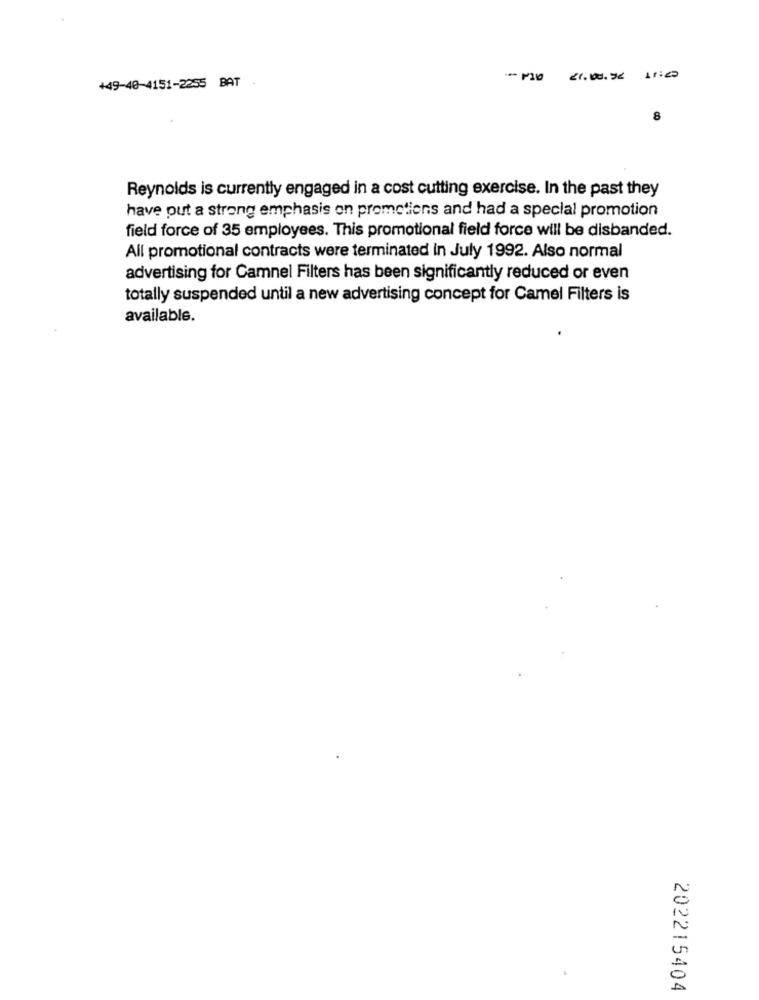
+49-40-4151-2255 BAT .
8
Reynolds is currently engaged in a cost cutting exercise. In the past they
have put a strong emphasis on promotions and had a special promotion
field force of 35 employees. This promotional field force will be disbanded.
All promotional contracts were terminated in July 1992. Also normal
advertising for Camnel Filters has been significantly reduced or even
totally suspended until a new advertising concept for Camel Filters is
available.
202215404